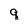
Character: q